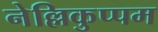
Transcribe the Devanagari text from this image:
नेल्लिकुप्पम